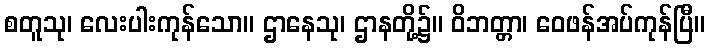
စတူသု၊ လေးပါးကုန်သော။ ဌာနေသု၊ ဌာနတို့၌။ ဝိဘတ္တာ၊ ဝေဖန်အပ်ကုန်ပြီ။